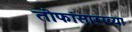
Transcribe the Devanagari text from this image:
तोफांसारख्या